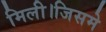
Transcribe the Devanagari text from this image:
मिली।जिसमे